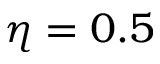
\eta = 0 . 5